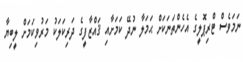
ނަމަވެސް ޓްރިޕޮލީގެ އެހެންތަނަކަށް ޙަމަލާ ނުދޭ ކަމަށާއި ޤައްޒާފީގެ ދަރިކަލަކު މަރުވިކަމަށް ލީބިޔާ